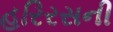
હરિરસની